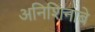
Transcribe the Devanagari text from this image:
अनिशिनाबे